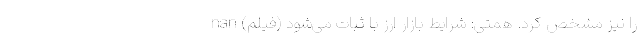
را نیز مشخص کرد. همتی: شرایط بازار ارز با ثبات می‌شود (فیلم) nan